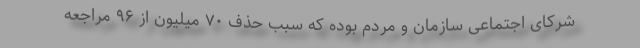
شرکای اجتماعی سازمان و مردم بوده که سبب حذف ۷۰ میلیون از ۹۶ مراجعه